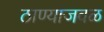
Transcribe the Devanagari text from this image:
ठाण्याजवळ